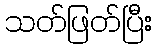
သတ်ဖြတ်ပြီး